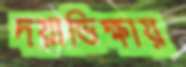
দয়াভিক্ষায়